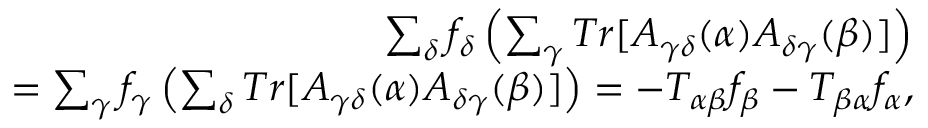
\begin{array} { r } { \sum _ { \delta } f _ { \delta } \left( \sum _ { \gamma } T r [ A _ { \gamma \delta } ( \alpha ) A _ { \delta \gamma } ( \beta ) ] \right) } \\ { = \sum _ { \gamma } f _ { \gamma } \left( \sum _ { \delta } T r [ A _ { \gamma \delta } ( \alpha ) A _ { \delta \gamma } ( \beta ) ] \right) = - T _ { \alpha \beta } f _ { \beta } - T _ { \beta \alpha } f _ { \alpha } , } \end{array}